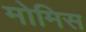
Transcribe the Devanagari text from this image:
मोमिस